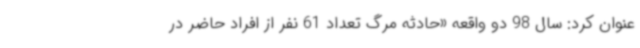
عنوان کرد: سال 98 دو واقعه «حادثه مرگ تعداد 61 نفر از افراد حاضر در